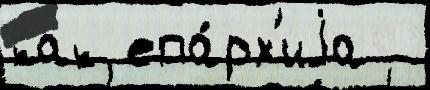
как епа́рх'иjа